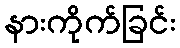
နားကိုက်ခြင်း